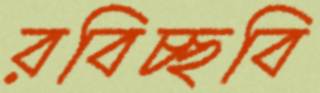
রবিচ্ছবি